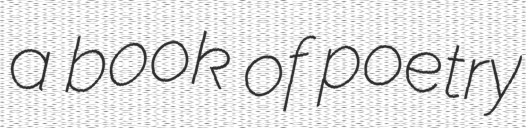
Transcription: a book of poetry